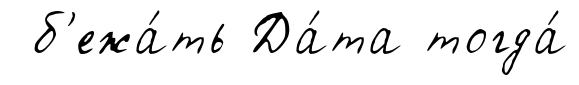
б'ежа́ть Да́та тогда́